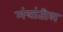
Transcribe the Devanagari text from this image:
मंत्रांतील